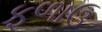
ફળાઉ